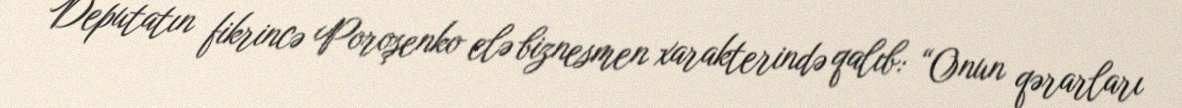
Deputatın fikrincə Poroşenko elə biznesmen xarakterində qalıb: “Onun qərarları